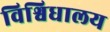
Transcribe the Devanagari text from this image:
विश्विधालय